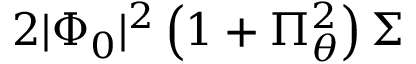
2 | \Phi _ { 0 } | ^ { 2 } \left( 1 + \Pi _ { \theta } ^ { 2 } \right) \Sigma